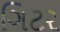
ગિટર